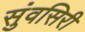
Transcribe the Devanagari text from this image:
सुंवसिरी